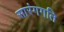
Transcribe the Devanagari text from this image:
सारंगगति